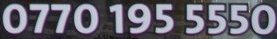
0770 195 5550